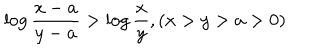
\log \frac { x - a } { y - a } > \log \frac { x } { y } , ( x > y > a > 0 )